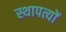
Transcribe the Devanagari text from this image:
स्थापत्यों